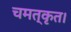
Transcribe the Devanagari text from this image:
चमत्कृत।